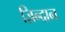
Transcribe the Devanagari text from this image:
ज़िन्दान